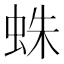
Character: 蛛